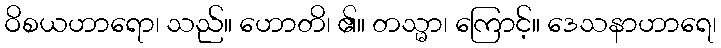
ဝိစယဟာရော၊ သည်။ ဟောတိ၊ ၏။ တသ္မာ၊ ကြောင့်။ ဒေသနာဟာရေ၊